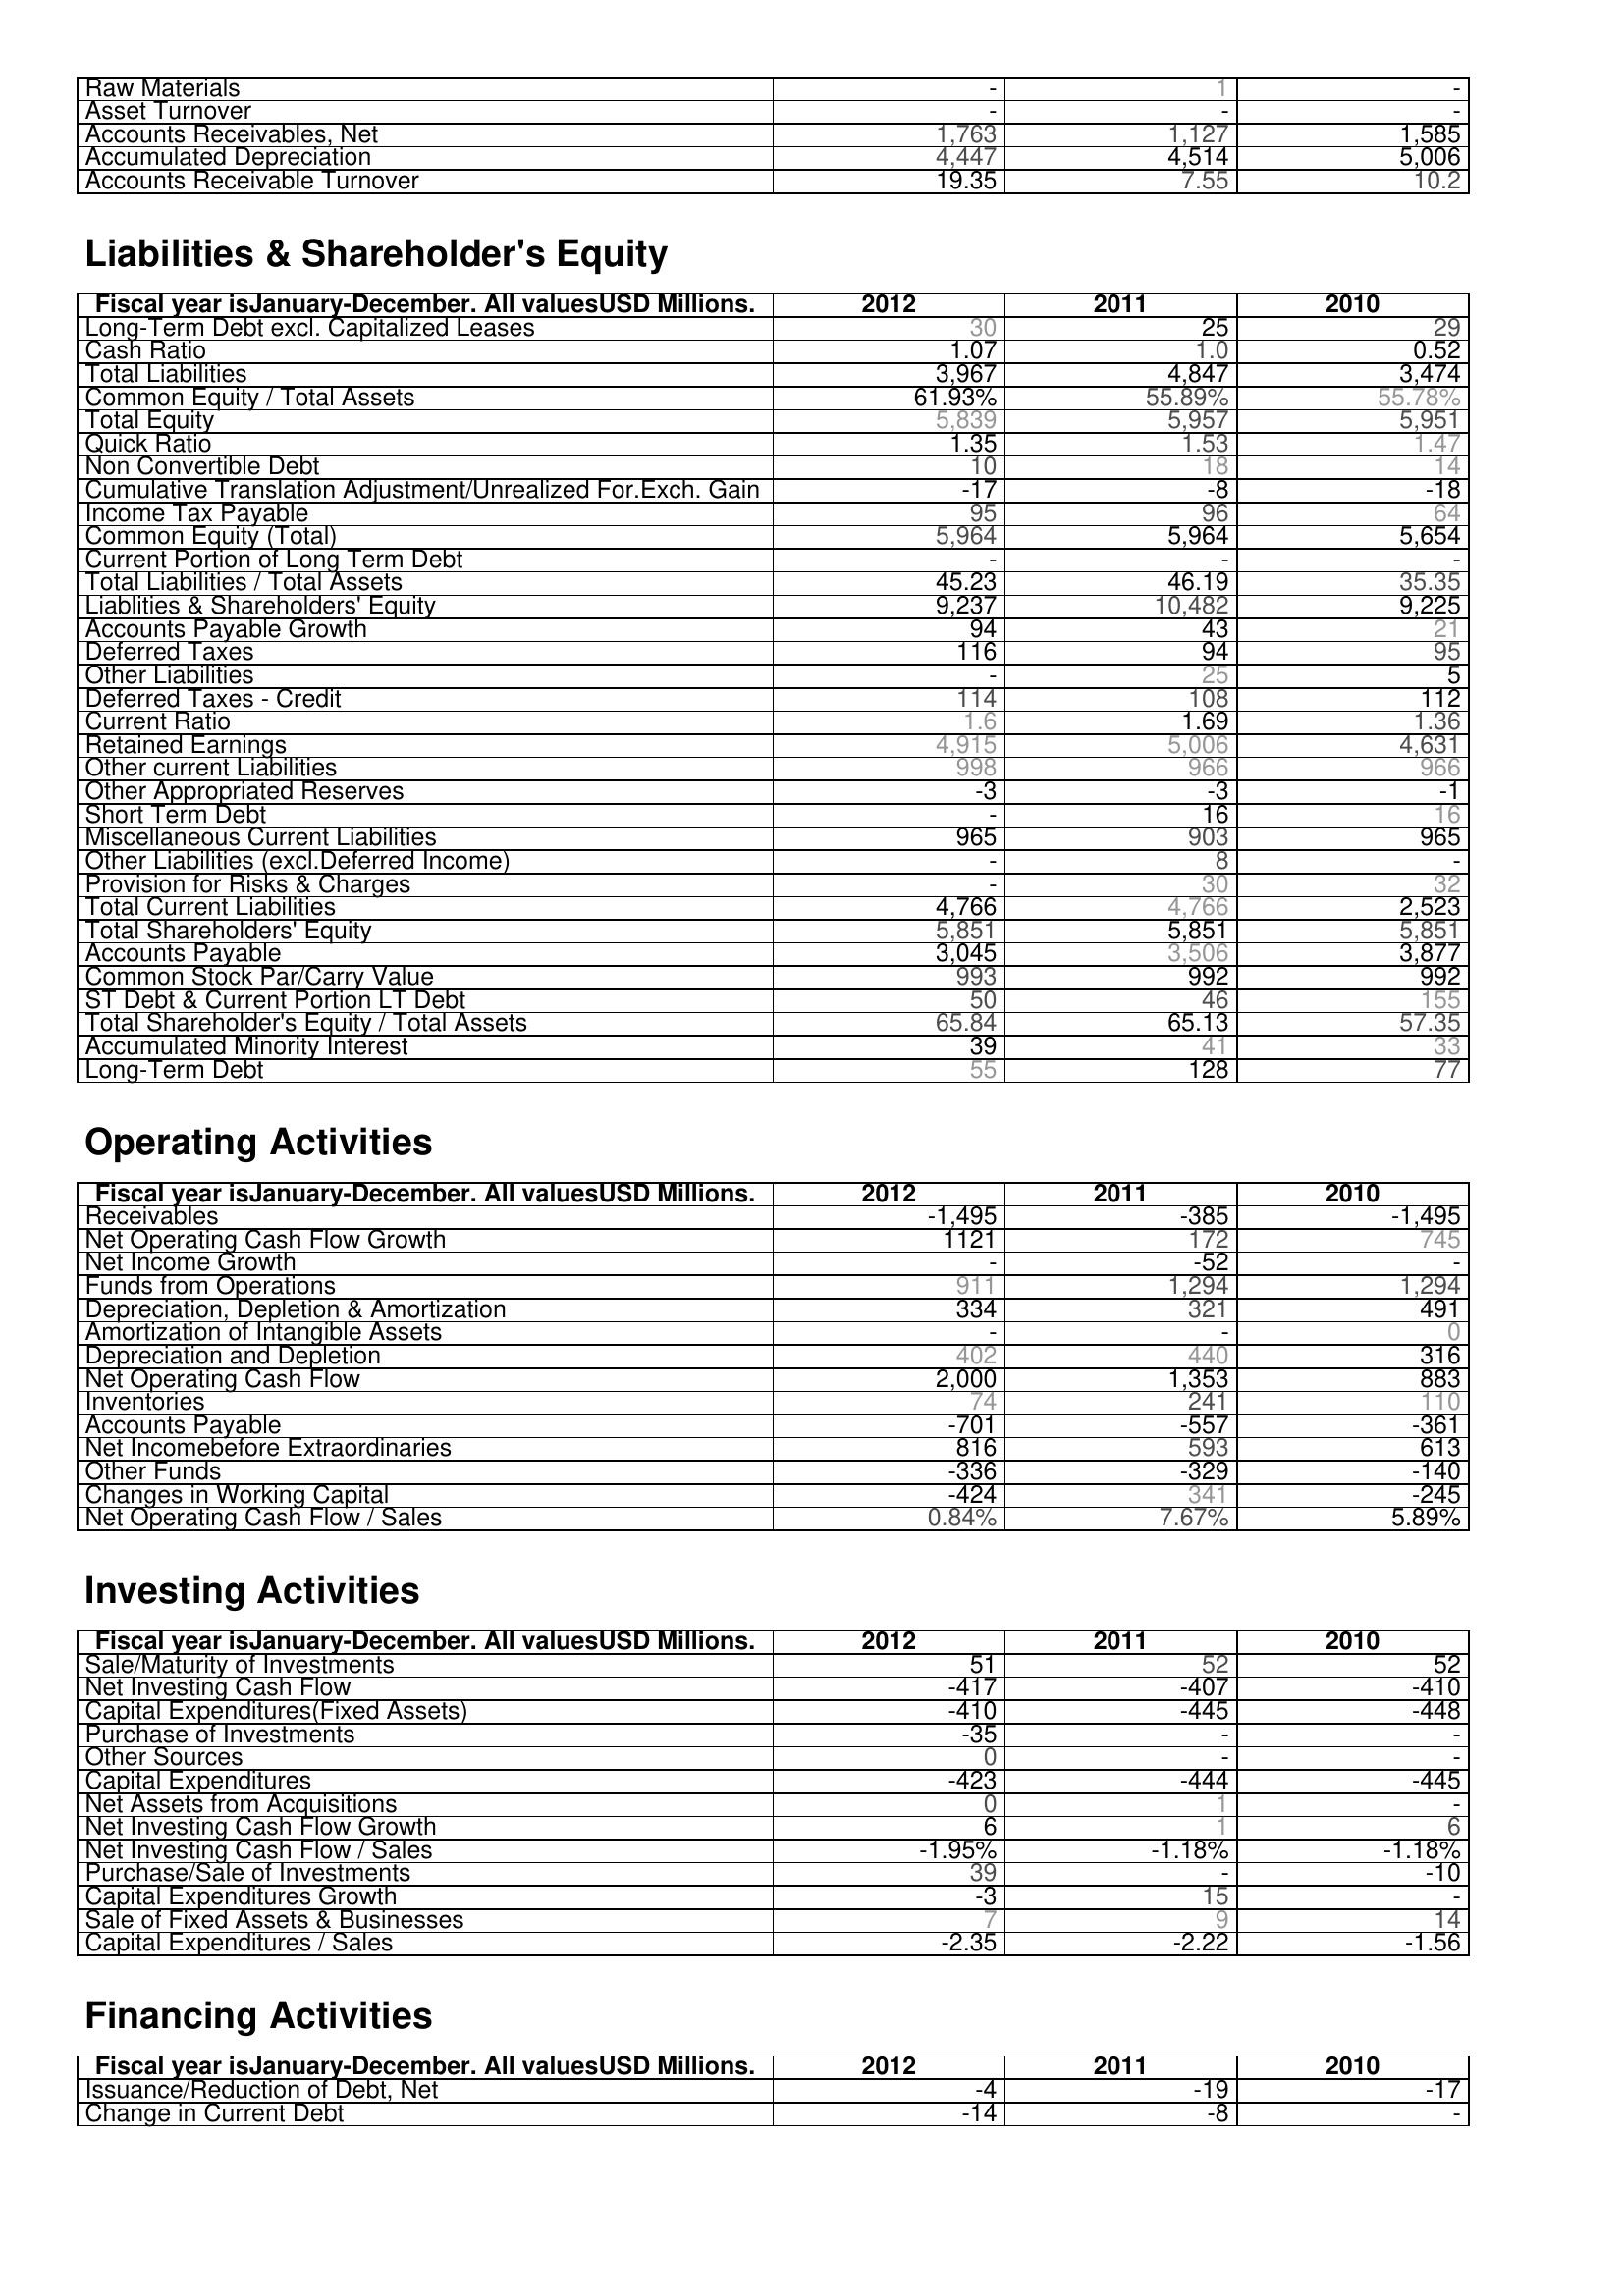
2012: Assets: Raw Materials: -
Asset Turnover: -
Accounts Receivables, Net: 1,763
Accumulated Depreciation: 4,447
Accounts Receivable Turnover: 19.35
Liabilities & Shareholder's Equity: Long-Term Debt excl. Capitalized Leases: 30
Cash Ratio: 1.07
Total Liabilities: 3,967
Common Equity / Total Assets: 61.93%
Total Equity: 5,839
Quick Ratio: 1.35
Non Convertible Debt: 10
Cumulative Translation Adjustment/Unrealized For.Exch. Gain: -17
Income Tax Payable: 95
Common Equity (Total): 5,964
Current Portion of Long Term Debt: -
Total Liabilities / Total Assets: 45.23
Liablities & Shareholders' Equity: 9,237
Accounts Payable Growth: 94
Deferred Taxes: 116
Other Liabilities: -
Deferred Taxes - Credit: 114
Current Ratio: 1.6
Retained Earnings: 4,915
Other current Liabilities: 998
Other Appropriated Reserves: -3
Short Term Debt: -
Miscellaneous Current Liabilities: 965
Other Liabilities (excl.Deferred Income): -
Provision for Risks & Charges: -
Total Current Liabilities: 4,766
Total Shareholders' Equity: 5,851
Accounts Payable: 3,045
Common Stock Par/Carry Value: 993
ST Debt & Current Portion LT Debt: 50
Total Shareholder's Equity / Total Assets: 65.84
Accumulated Minority Interest: 39
Long-Term Debt: 55
Operating Activities: Receivables: -1,495
Net Operating Cash Flow Growth: 1121
Net Income Growth: -
Funds from Operations: 911
Depreciation, Depletion & Amortization: 334
Amortization of Intangible Assets: -
Depreciation and Depletion: 402
Net Operating Cash Flow: 2,000
Inventories: 74
Accounts Payable: -701
Net Incomebefore Extraordinaries: 816
Other Funds: -336
Changes in Working Capital: -424
Net Operating Cash Flow / Sales: 0.84%
Investing Activities: Sale/Maturity of Investments: 51
Net Investing Cash Flow: -417
Capital Expenditures(Fixed Assets): -410
Purchase of Investments: -35
Other Sources: 0
Capital Expenditures: -423
Net Assets from Acquisitions: 0
Net Investing Cash Flow Growth: 6
Net Investing Cash Flow / Sales: -1.95%
Purchase/Sale of Investments: 39
Capital Expenditures Growth: -3
Sale of Fixed Assets & Businesses: 7
Capital Expenditures / Sales: -2.35
Financing Activities: Issuance/Reduction of Debt, Net: -4
Change in Current Debt: -14
2011: Assets: Raw Materials: 1
Asset Turnover: -
Accounts Receivables, Net: 1,127
Accumulated Depreciation: 4,514
Accounts Receivable Turnover: 7.55
Liabilities & Shareholder's Equity: Long-Term Debt excl. Capitalized Leases: 25
Cash Ratio: 1.0
Total Liabilities: 4,847
Common Equity / Total Assets: 55.89%
Total Equity: 5,957
Quick Ratio: 1.53
Non Convertible Debt: 18
Cumulative Translation Adjustment/Unrealized For.Exch. Gain: -8
Income Tax Payable: 96
Common Equity (Total): 5,964
Current Portion of Long Term Debt: -
Total Liabilities / Total Assets: 46.19
Liablities & Shareholders' Equity: 10,482
Accounts Payable Growth: 43
Deferred Taxes: 94
Other Liabilities: 25
Deferred Taxes - Credit: 108
Current Ratio: 1.69
Retained Earnings: 5,006
Other current Liabilities: 966
Other Appropriated Reserves: -3
Short Term Debt: 16
Miscellaneous Current Liabilities: 903
Other Liabilities (excl.Deferred Income): 8
Provision for Risks & Charges: 30
Total Current Liabilities: 4,766
Total Shareholders' Equity: 5,851
Accounts Payable: 3,506
Common Stock Par/Carry Value: 992
ST Debt & Current Portion LT Debt: 46
Total Shareholder's Equity / Total Assets: 65.13
Accumulated Minority Interest: 41
Long-Term Debt: 128
Operating Activities: Receivables: -385
Net Operating Cash Flow Growth: 172
Net Income Growth: -52
Funds from Operations: 1,294
Depreciation, Depletion & Amortization: 321
Amortization of Intangible Assets: -
Depreciation and Depletion: 440
Net Operating Cash Flow: 1,353
Inventories: 241
Accounts Payable: -557
Net Incomebefore Extraordinaries: 593
Other Funds: -329
Changes in Working Capital: 341
Net Operating Cash Flow / Sales: 7.67%
Investing Activities: Sale/Maturity of Investments: 52
Net Investing Cash Flow: -407
Capital Expenditures(Fixed Assets): -445
Purchase of Investments: -
Other Sources: -
Capital Expenditures: -444
Net Assets from Acquisitions: 1
Net Investing Cash Flow Growth: 1
Net Investing Cash Flow / Sales: -1.18%
Purchase/Sale of Investments: -
Capital Expenditures Growth: 15
Sale of Fixed Assets & Businesses: 9
Capital Expenditures / Sales: -2.22
Financing Activities: Issuance/Reduction of Debt, Net: -19
Change in Current Debt: -8
2010: Assets: Raw Materials: -
Asset Turnover: -
Accounts Receivables, Net: 1,585
Accumulated Depreciation: 5,006
Accounts Receivable Turnover: 10.2
Liabilities & Shareholder's Equity: Long-Term Debt excl. Capitalized Leases: 29
Cash Ratio: 0.52
Total Liabilities: 3,474
Common Equity / Total Assets: 55.78%
Total Equity: 5,951
Quick Ratio: 1.47
Non Convertible Debt: 14
Cumulative Translation Adjustment/Unrealized For.Exch. Gain: -18
Income Tax Payable: 64
Common Equity (Total): 5,654
Current Portion of Long Term Debt: -
Total Liabilities / Total Assets: 35.35
Liablities & Shareholders' Equity: 9,225
Accounts Payable Growth: 21
Deferred Taxes: 95
Other Liabilities: 5
Deferred Taxes - Credit: 112
Current Ratio: 1.36
Retained Earnings: 4,631
Other current Liabilities: 966
Other Appropriated Reserves: -1
Short Term Debt: 16
Miscellaneous Current Liabilities: 965
Other Liabilities (excl.Deferred Income): -
Provision for Risks & Charges: 32
Total Current Liabilities: 2,523
Total Shareholders' Equity: 5,851
Accounts Payable: 3,877
Common Stock Par/Carry Value: 992
ST Debt & Current Portion LT Debt: 155
Total Shareholder's Equity / Total Assets: 57.35
Accumulated Minority Interest: 33
Long-Term Debt: 77
Operating Activities: Receivables: -1,495
Net Operating Cash Flow Growth: 745
Net Income Growth: -
Funds from Operations: 1,294
Depreciation, Depletion & Amortization: 491
Amortization of Intangible Assets: 0
Depreciation and Depletion: 316
Net Operating Cash Flow: 883
Inventories: 110
Accounts Payable: -361
Net Incomebefore Extraordinaries: 613
Other Funds: -140
Changes in Working Capital: -245
Net Operating Cash Flow / Sales: 5.89%
Investing Activities: Sale/Maturity of Investments: 52
Net Investing Cash Flow: -410
Capital Expenditures(Fixed Assets): -448
Purchase of Investments: -
Other Sources: -
Capital Expenditures: -445
Net Assets from Acquisitions: -
Net Investing Cash Flow Growth: 6
Net Investing Cash Flow / Sales: -1.18%
Purchase/Sale of Investments: -10
Capital Expenditures Growth: -
Sale of Fixed Assets & Businesses: 14
Capital Expenditures / Sales: -1.56
Financing Activities: Issuance/Reduction of Debt, Net: -17
Change in Current Debt: -